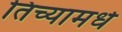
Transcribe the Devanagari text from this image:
तिच्यामधे